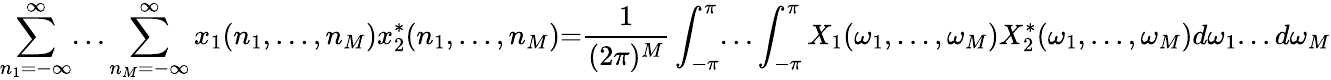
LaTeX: \sum_{n_{1}=-\infty}^{\infty}...\sum_{n_{M}=-\infty}^{\infty}x_{1}(n_{1},...,n_{M})x_{2}^{*}(n_{1},...,n_{M}){=}{\frac{1}{(2\pi)^{M}}}\int_{-\pi}^{\pi}...\int_{-\pi}^{\pi}X_{1}(\omega_{1},...,\omega_{M})X_{2}^{*}(\omega_{1},...,\omega_{M})d\omega_{1}...d\omega_{M}